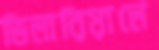
ভিলারিয়ালে